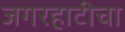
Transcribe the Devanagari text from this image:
जगरहाटीचा